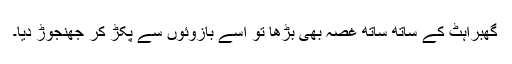
گھبراہٹ کے ساتھ ساتھ غصہ بھی بڑھا تو اسے بازوئوں سے پکڑ کر جھنجوڑ دیا۔